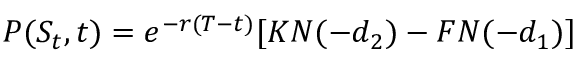
P ( S _ { t } , t ) = e ^ { - r ( T - t ) } [ K N ( - d _ { 2 } ) - F N ( - d _ { 1 } ) ]